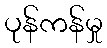
ပုန်ကန်မှု